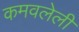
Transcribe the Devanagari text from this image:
कमवलेली